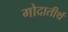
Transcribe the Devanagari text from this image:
गोदातीर्थ